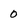
Character: 0